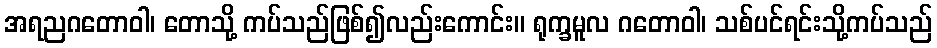
အရညဂတောဝါ၊ တောသို့ ကပ်သည်ဖြစ်၍လည်းကောင်း။ ရုက္ခမူလ ဂတောဝါ၊ သစ်ပင်ရင်းသို့ကပ်သည်